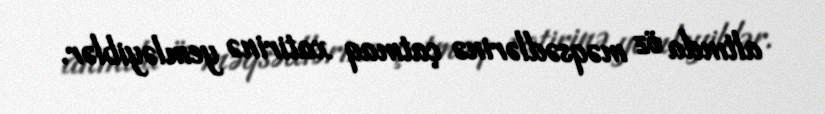
altında öz məqsədlərinə çatmaq xatirinə yemləyiblər.